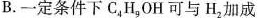
B.一定条件下C_{4}H_{9}OH可与H_{2}加成